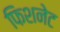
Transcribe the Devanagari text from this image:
फिशनेट